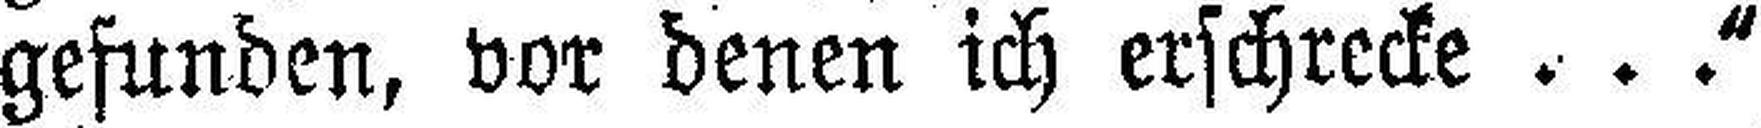
gefunden, vor denen ich erschrecke ...“